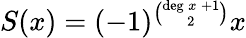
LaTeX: S(x)=(-1)^{\binom{{\mathrm{deg}}\, x\, +1}{2}}x